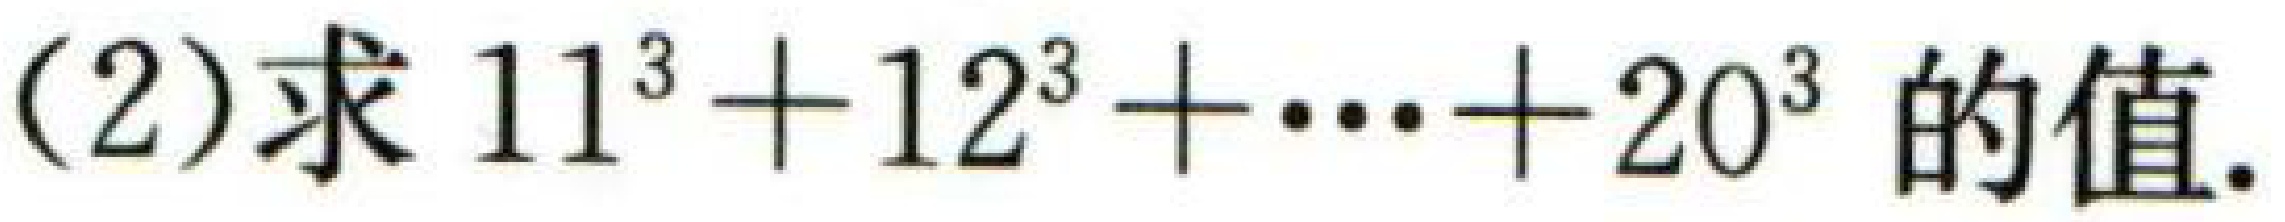
(2)求 \(11^{3}+12^{3}+\cdots +20^{3}\) 的值.